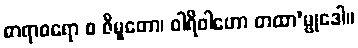
ဓာရာဓရော စ ဇီမူတော၊ ဝါရိဝါဟော တထာ’မ္ဗုဒေါ။